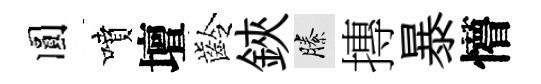
圓噴壇齡鋏縢摶暴懵